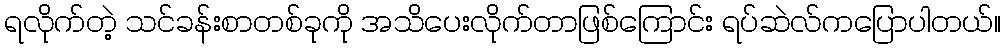
ရလိုက်တဲ့ သင်ခန်းစာတစ်ခုကို အသိပေးလိုက်တာဖြစ်ကြောင်း ရပ်ဆဲလ်ကပြောပါတယ်။